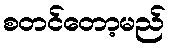
စတင်တော့မည်